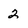
Character: 2